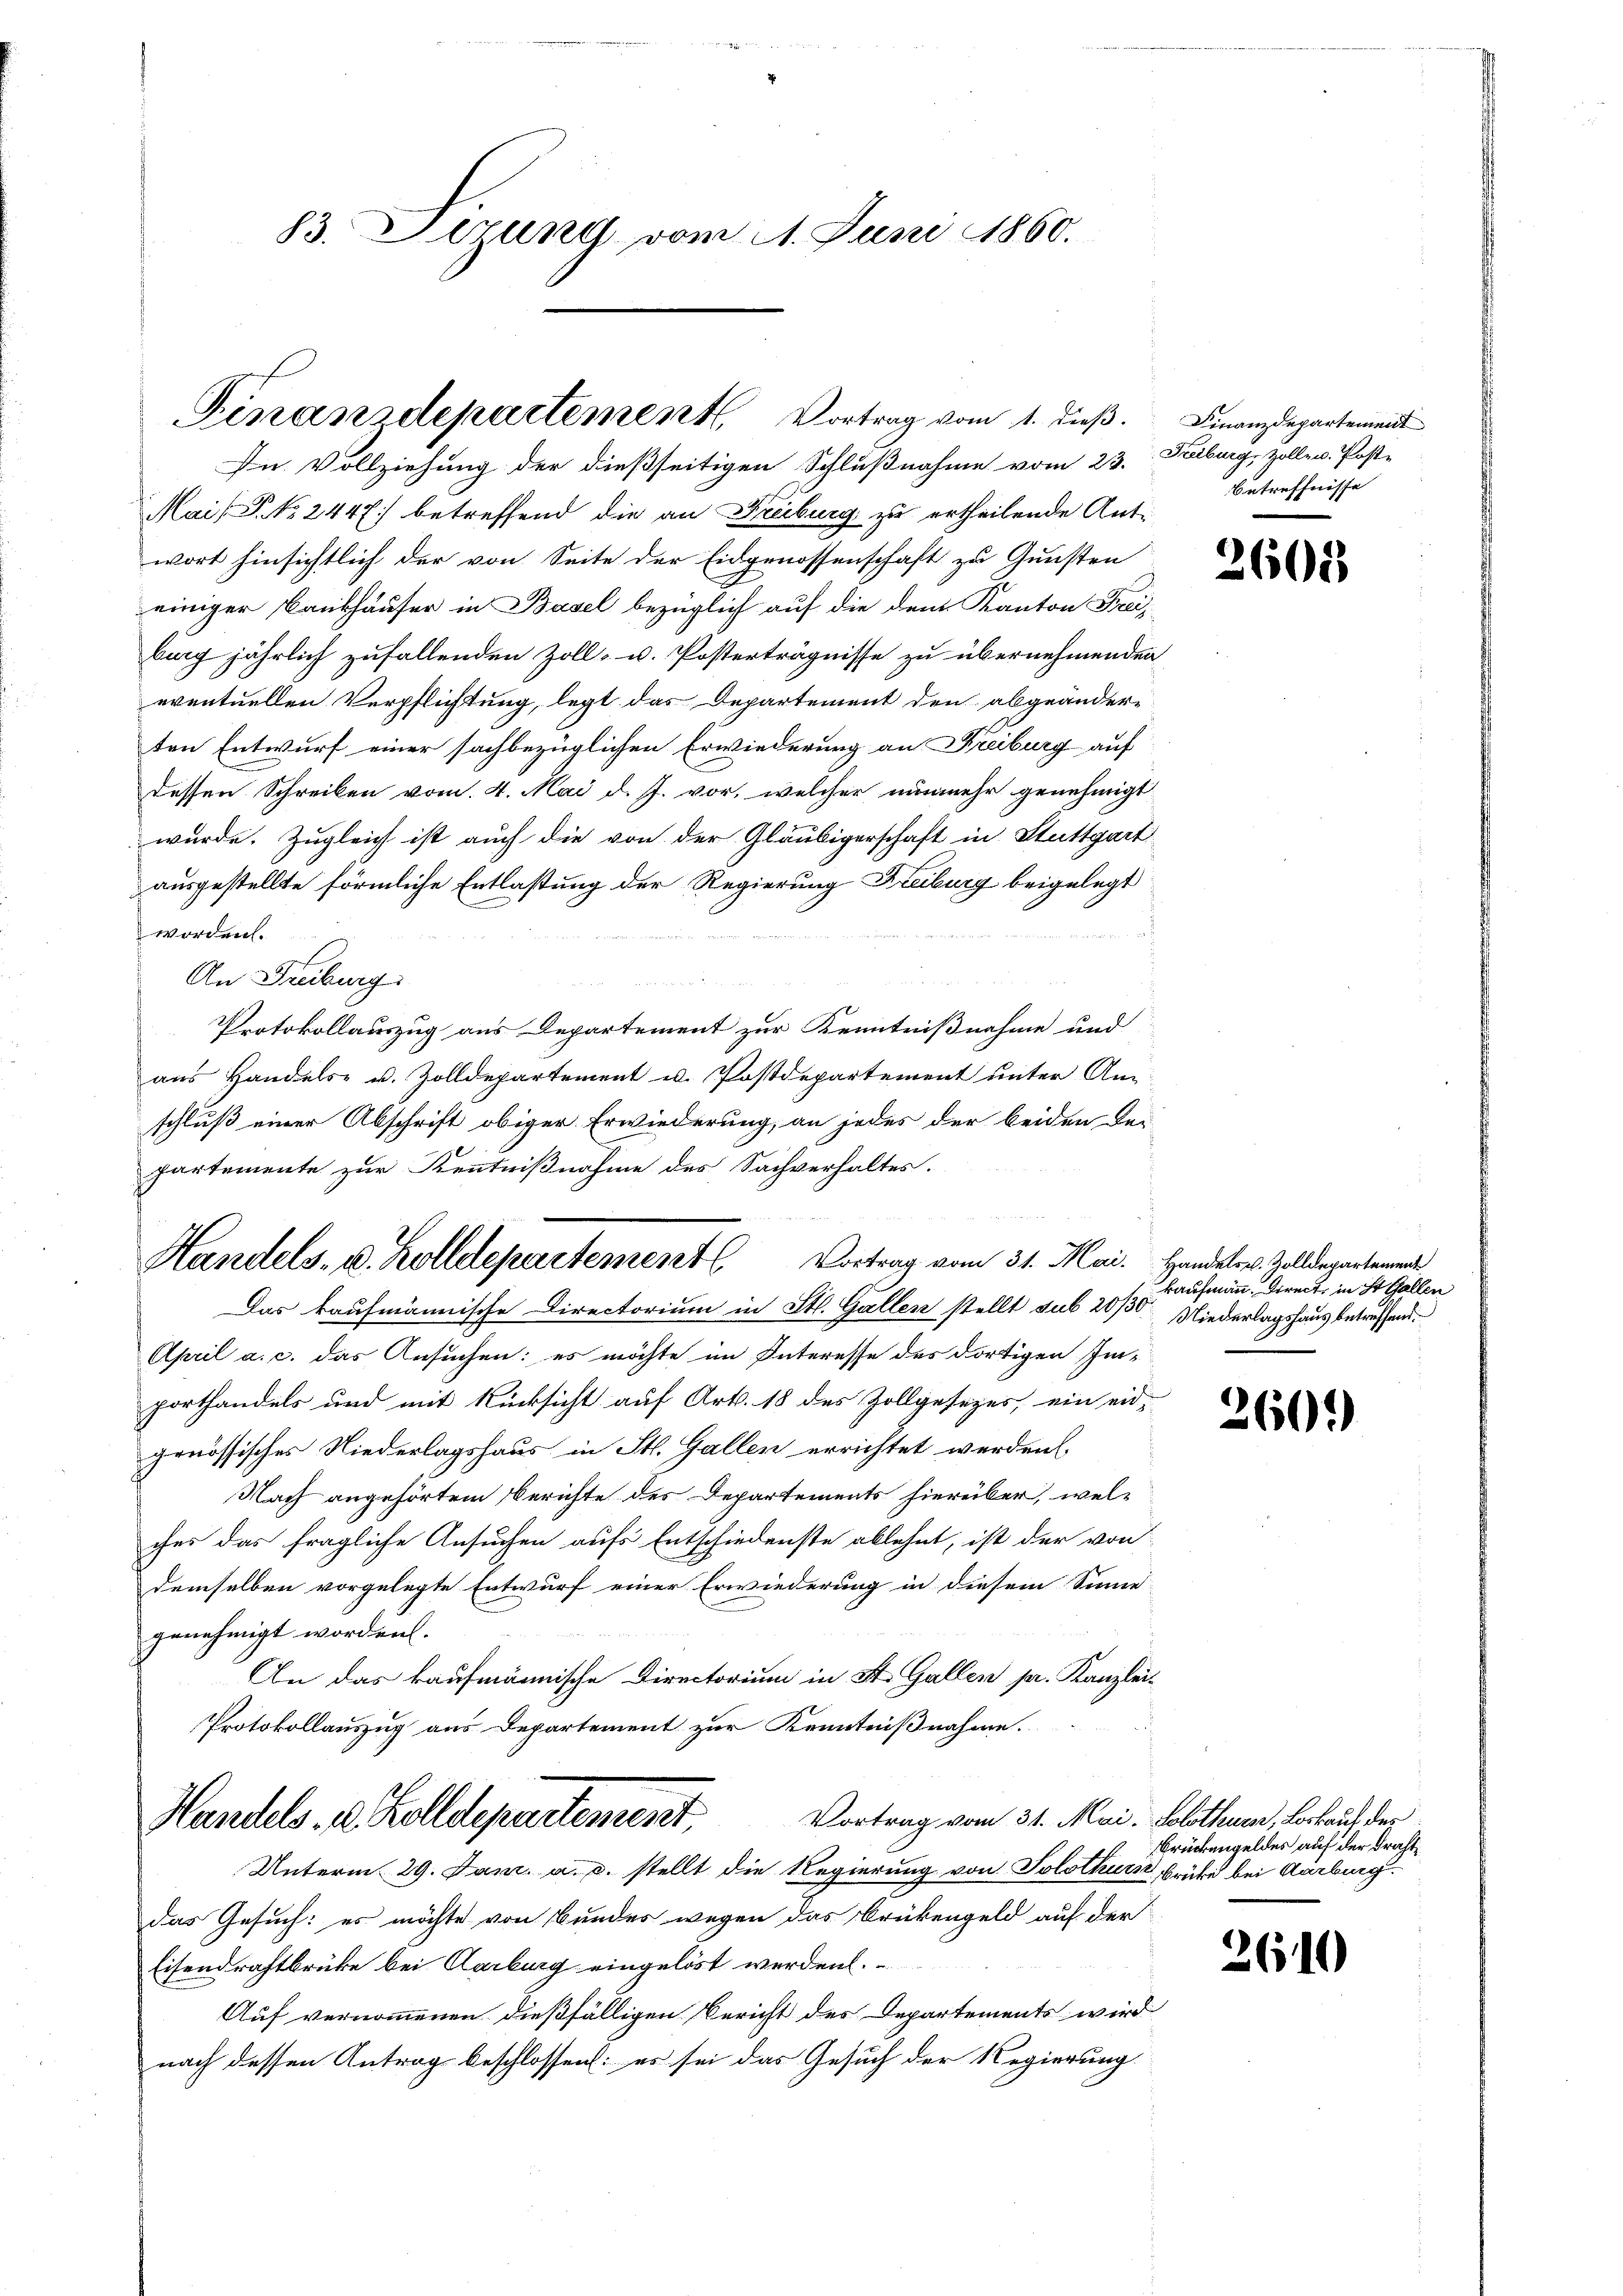
83. Derung vom 11. Juni 1860.

Finanzdepartement. Vortrag vom 1. dieß.
In Vollziehung der dießseitigen Schlußnahme vom 23. Ferburg, Zolle u. Poste

Handels- u. Kolletepartement Vortrag vom 31. Mai.
Das kaufmännische Directorium in St. Gallen stellt sub 20/30 Niederlagshaus betreffend.

Mai/P. No. 2447) betreffend die an Freiburg zu ertheilende Antwort hinsichtlich der von Seite der Eidgenossenschaft zu Gunsten
einiger Baukhäuser in Basel bezüglich auf die dem Kanton Frei-
barg jährlich zufallenden Zoll- u. Posterträgnisse zu übernehmenden
eventuellen Verpflichtung, legt das Departement den abgeänder-
ten Entwurf einer sachbezüglichen Erwiederung an Freiburg auf
dessen Schreiben vom 4. Mai d. J. vor, welcher nunmehr genehmigt
wurde. Zugleich ist auch die von der Gläubigerschaft in Stuttgart
ausgestellte förmliche Entlaßung der Regierung Freiburg beigelegt
worden.
An Freiburg
Protokollauszug aus Departement zur Kenntnißnahme und
aus Handels- u. Zolldepartement u. Postdepartement unter An-
schluß einer Abschrift obiger Erwiederung, an jedes der beiden der
partemente zur Kenntnißnahme des Sachverhaltes.
April a. c. das Ansuchen: es möchte im Interesse des dortigen Importhandels und mit Rücksicht auf Art. 18 des Zollgesezes, ein eid-
genössisches Niederlagshaus in St. Gallen errichtet werden
Nach angehörtem Berichte des Departements hierüber, wel-
ches das fragliche Ansuchen aufs Entschiedenste ablehnt, ist der von
demselben vorgelegte Entwurf einer Erwiederung in diesem Sinne
genehmigt worden.
An das kaufmännische Directorium in St. Gallen pr. Kanzlei-
Protokollauszug aus Departement zur Kenntnißnahme.
Vortrag vom 31. Mai. Solothurn, Loskauf der
Handels- u. Zolldepartement,
Unterm 29. Jan. a. c. stellt die Regierung von Solothurn brüke bei Aarburg
das Gesuch: es möchte von Bundes wegen das Brükengeld auf der
Eisendrahtbrücke bei Aarburg eingelöst werden.
Auf vernommenen dießfälligen Bericht des Departements wird
nach dessen Antrag beschlossen: es sei das Gesuch der Regierung

Finanzdepartement
Betreffnisse |

2602

Handels u. Zolldepartement
kaufmann. Direct in St. Gallen

260)

Brückengeldes auf der Fracht¬

2610